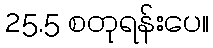
25.5 စတုရန်းပေ။